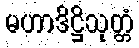
မဟာဒိဋ္ဌိသုတ္တံ